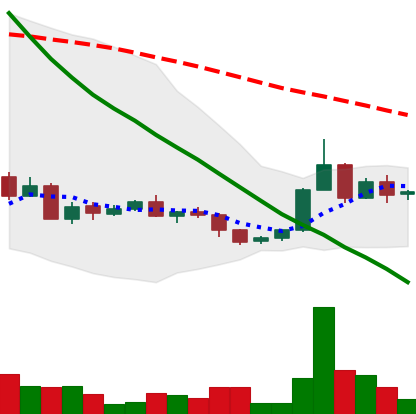
Ticker: ADA-USD
Chart end date: 2022-06-04
Forward return: 11.81%
Label: up_7plus